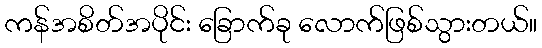
ကန်အစိတ်အပိုင်း ခြောက်ခု လောက်ဖြစ်သွားတယ်။